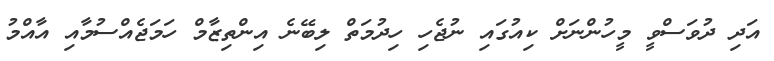
އަދި ދުވަސްވީ މީހުންނަށް ކިއުގައި ނުޖެހި ހިދުމަތް ލިބޭނެ އިންތިޒާމް ހަމަޖެއްސުމާއި އާއްމު